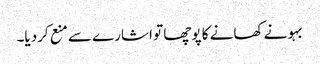
بہو نے کھانے کا پوچھا تو اشارے سے منع کردیا۔